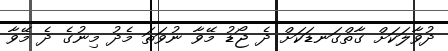
ދުވާލަކަށް ގާތްގަނޑަކަށް ދެ ޖޯޑު މޭވާ ނުވަތަ މެދު މިނުގެ ދެ މޭވާ